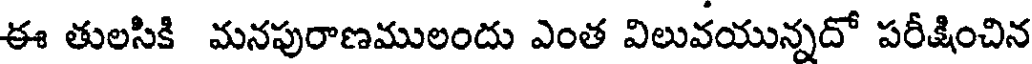
ఈ తులసికి మనపురాణములందు ఎంత విలువయున్నదో పరీక్షించిన